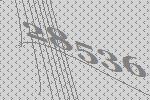
28536